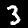
Digit: 3